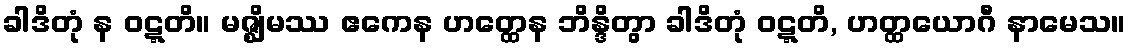
ခါဒိတုံ န ဝဋ္ဋတိ။ မဇ္ဈိမဿ ဧကေန ဟတ္ထေန ဘိန္ဒိတွာ ခါဒိတုံ ဝဋ္ဋတိ, ဟတ္ထယောဂီ နာမေသ။